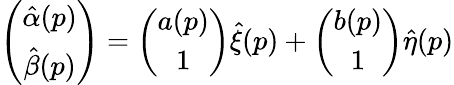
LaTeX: \left(\begin{array}{cc}{{\hat{\alpha}(p)}}\\ {{\hat{\beta}(p)}}\end{array}\right)=\left(\begin{array}{cc}{{a(p)}}\\ {{1}}\end{array}\right)\hat{\xi}(p)+\left(\begin{array}{cc}{{b(p)}}\\ {{1}}\end{array}\right)\hat{\eta}(p)